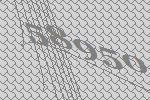
58950